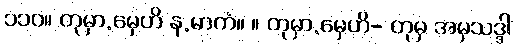
၁၁၀။ တုမှာ.မှေဟိ န.မာကံ။ ။ တုမှာ.မှေဟိ- တုမှ အမှသဒ္ဒါ